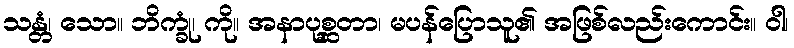
သန္တံ၊ သော။ ဘိက္ခုံ၊ ကို။ အနာပုစ္ဆတာ၊ မပန်ပြောသူ၏ အဖြစ်လည်းကောင်း။ ဝါ၊